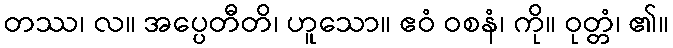
တဿ၊ လ။ အပ္ပေတီတိ၊ ဟူသော။ ဧဝံ ဝစနံ၊ ကို။ ဝုတ္တံ၊ ၏။